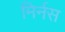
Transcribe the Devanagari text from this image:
मिर्नस